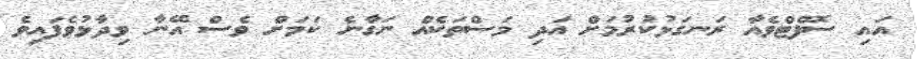
އައި ސޮފްޓްވެއާ ރަނގަޅުކުރުމަށް އަދި މަސްތަކެއް ނަގާނެ ކަމަށް ވެސް އޭނާ ވިދާޅުވެފައިވެ